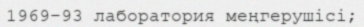
1969–93 лаборатория меңгерушісі;